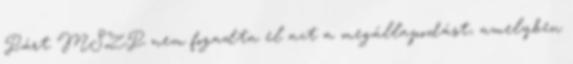
Párt MSZP nem fogadta el azt a megállapodást, amelyben